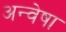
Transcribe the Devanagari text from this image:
अन्वेषा